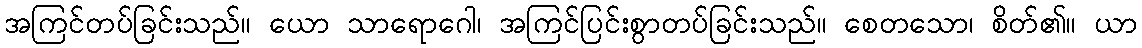
အကြင်တပ်ခြင်းသည်။ ယော သာရောဂေါ၊ အကြင်ပြင်းစွာတပ်ခြင်းသည်။ စေတသော၊ စိတ်၏။ ယာ